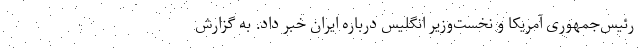
رئیس‌جمهوری آمریکا و نخست‌وزیر انگلیس درباره ایران خبر داد. به گزارش